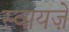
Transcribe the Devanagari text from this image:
स्वायज़े